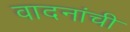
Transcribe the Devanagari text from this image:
वादनांची